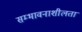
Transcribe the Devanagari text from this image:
सम्भावनाशीलता